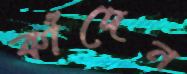
কাঁদেন